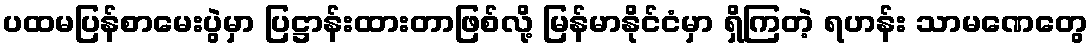
ပထမပြန်စာမေးပွဲမှာ ပြဋ္ဌာန်းထားတာဖြစ်လို့ မြန်မာနိုင်ငံမှာ ရှိကြတဲ့ ရဟန်း သာမဏေတွေ